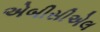
એબીસીએલ